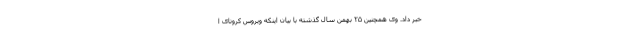
خبر داد. وی همچنین ۲۵ بهمن سال گذشته با بیان اینکه ویروس کرونای ا